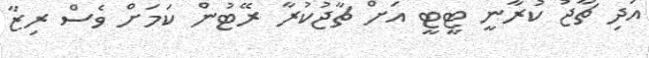
އަދި ޗާޖު ކުރާނީ ޓީޓީ އަށް ޗާޖުކުރާ ރޭޓުން ކަމަށް ވެސް ރިޒާ